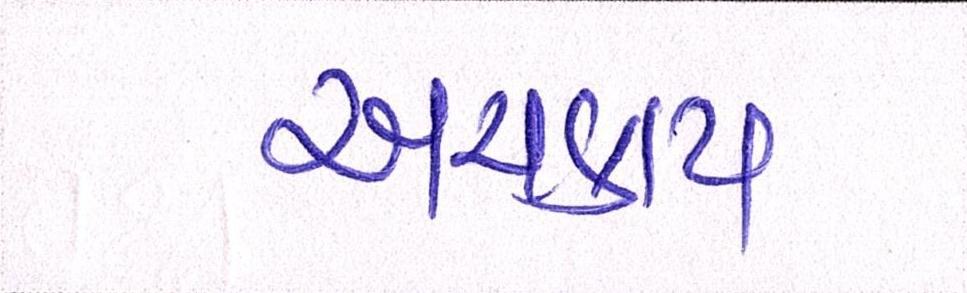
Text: અચકાય